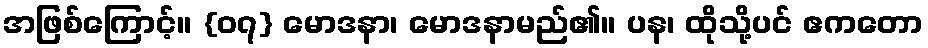
အဖြစ်ကြောင့်။ {၀၇} မောဒနာ၊ မောဒနာမည်၏။ ပန၊ ထိုသို့ပင် ဧကတော